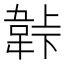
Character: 𬰬